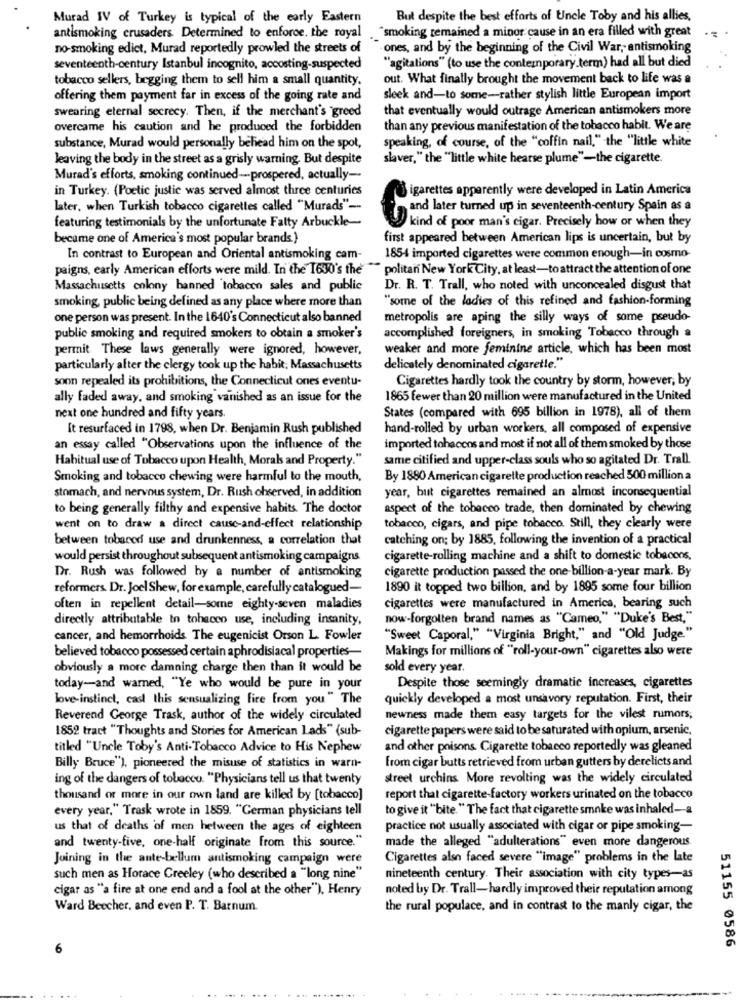
Murad IV of Turkey is typical of the early Eastern
But despite the best efforts of Uncle Toby and his allies,
antismoking crusaders Determined to enforce. the royal
"smoking remained a minor cause in an era filled with great
no-smoking edict, Murad reportedly prowled the streets of
.ones, and by the beginning of the Civil War, antismoking
seventeenth-century Istanbul incognito, accosting-suspected
"agitations" (to use the contemporary.term) had all but died
tobacco sellers, begging them to sell him a small quantity.
out. What finally brought the movement back to life was a
offering them payment far in excess of the going rate and
sleek and-to some-rather stylish little European import
swearing eternal secrecy. Then, if the merchant's "greed
that eventually would outrage American antismokers more
overcame his caution and he produced the forbidden
than any previous manifestation of the tobacco habit. We are
speaking, of course, of the "coffin nail," the "little white
substance, Murad would personally behead him on the spot,
leaving the body in the street as a grisly warning. But despite
slaver," the "little white hearse plume"-the cigarette.
Murad's efforts, smoking continued --- prospered, actually-
in Turkey. (Poetic justic was served almost three centuries
igarettes apparently were developed in Latin America
later, when Turkish tobacco cigarettes called "Murads" --
and later turned up in seventeenth century Spain as a
kind of poor man's cigar. Precisely how or when they
featuring testimonials by the unfortunate Falty Arbuckle-
became one of America's most popular brands.}
first appeared between American lips is uncertain, but by
In contrast to European and Oriental antismoking cam-
1854 imported cigarettes were common enough-in cosmo-
paigns, early American efforts were mild. In the 1630's the
" politan New York City, at least-to attract the attention of one
Massachusetts colony banned tobacen sales and public
Dr. R. T. Trall, who noted with unconcealed disgust that
smoking, public being defined as any place where more than
"some of the ladies of this refined and fashion-forming
one person was present. In the 1640's Connecticut also banned
metropolis are aping the silly ways of some pseudo-
public smoking and required smokers to obtain a smoker's
accomplished foreigners, in smoking Tobacco through a
permit These laws generally were ignored, however,
weaker and more feminine article, which has been most
particularly after the clergy took up the habit; Massachusetts
delicately denominated cigarette."
soon repealed its prohibitions, the Connecticut ones eventu-
Cigarettes hardly took the country by storm, however, by
ally faded away, and smoking vanished as an issue for the
1865 fewer than 20 million were manufactured in the United
States (compared with 695 billion in 1978), all of them
next one hundred and fifty years.
It resurfaced in 1798, when Dr. Benjamin Rush published
hand-rolled by urban workers, all composed of expensive
an essay called "Observations upon the influence of the
imported tobaccos and most if not all of them smoked by those
Habitual use of Tobacco upon Health, Morals and Property."
same citified and upper-class souls who so agitated Dr. Trall.
Smoking and tobacco chewing were harmful to the mouth,
By 1880 American cigarette production reached 500 million a
stomach, and nervous system, Dr. Rush observed, in addition
year, but cigarettes remained an almost inconsequential
to being generally filthy and expensive habits. The doctor
aspect of the tobacco trade, then dominated by chewing
went on to draw a direct cause-and-effect relationship
tobacco, cigars, and pipe tobacco. Still, they clearly were
between tobaced use and drunkenness, a correlation that
catching on; by 1885, following the invention of a practical
would persist throughout subsequent antismoking campaigns
cigarette-rolling machine and a shift to domestic tobecons.
cigarette production passed the one-billion-a-year mark. By
Dr. Rush was followed by a number of antismoking
reformers. Dr. Joel Shew, for example, carefully catalogued-
1890 it topped two billion, and by 1895 some four billion
often in repellent detail-some eighty-seven maladies
cigarettes were manufactured in America, bearing such
directly attributable to tobacco use, including insanity,
now-forgotten brand names as "Cameo," "Duke's Best,"
cancer, and hemorrhoids The eugenicist Orson L. Fowler
"Sweet Caporal," "Virginia Bright," and "Old Judge."
believed tobacco possessed certain aphrodisiacal properties-
Makings for millions of "roll-your-own" cigarettes also were
obviously a more damning charge then than it would be
sold every year.
today-and warned, "Ye who would be pure in your
Despite those seemingly dramatic increases, cigarettes
love-instinct, cast this sensualizing fire from you." The
quickly developed a most unsavory reputation. First, their
Reverend George Trask, author of the widely circulated
newness made them easy targets for the vilest rumors;
1852 tract "Thoughts and Stories for American Lads" (sub-
cigarette papers were said to be saturated with opium, arsenic,
titled "Uncle Toby's Anti-Tobacco Advice to His Nephew
and other poisons Cigarette tobacco reportedly was gleaned
from cigar butts retrieved from urban gutters by derelicts and
Billy Bruce"), pioneered the misuse of statistics in warn-
ing of the dangers of tobacco. "Physicians tell us that twenty
street urchins More revolting was the widely circulated
thousand or more in our own land are killed by [tobacco]
report that cigarette-factory workers urinated on the tobacco
every year," Trask wrote in 1859. "German physicians tell
to give it "bite. " The fact that cigarette smoke was inhaled-a
us that of deaths of men between the ages of eighteen
practice not usually associated with cigar or pipe smoking-
and twenty-five, one-half originate from this source."
made the alleged "adulterations" even more dangerous
Joining in the ante bellum antismoking campaign were
Cigarettes also faced severe "image" problems in the late
such men as Horace Creeley (who described a "long nine"
nineteenth century. Their association with city types-as
cigar as "a fire at one end and a fool at the other"), Henry
noted by Dr. Trall-hardly improved their reputation among
Ward Beecher, and even P. T. Barnum.
the rural populace, and in contrast to the manly cigar, the
51155 0586
6